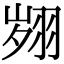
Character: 翙